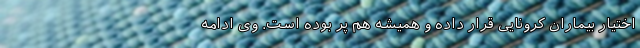
اختیار بیماران کرونایی قرار داده و همیشه هم پر بوده است. وی ادامه